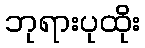
ဘုရားပုထိုး